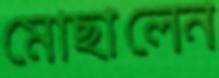
মোছালেন